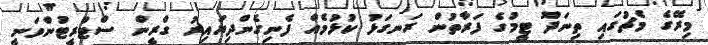
މިރޭގެ މެޗުގައި ތިނަދޫ ޓީމުގެ ފަރާތުން ރަނގަޅު ކުޅުމެއް ފެނިގެންދިޔައިރު ގްރީން ސްޓްރީޓުންވަނީ